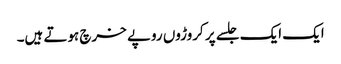
ایک ایک جلسے پر کروڑوں روپے خرچ ہوتے ہیں۔